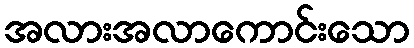
အလားအလာကောင်းသော